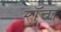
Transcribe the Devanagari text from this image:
रॉन्ग